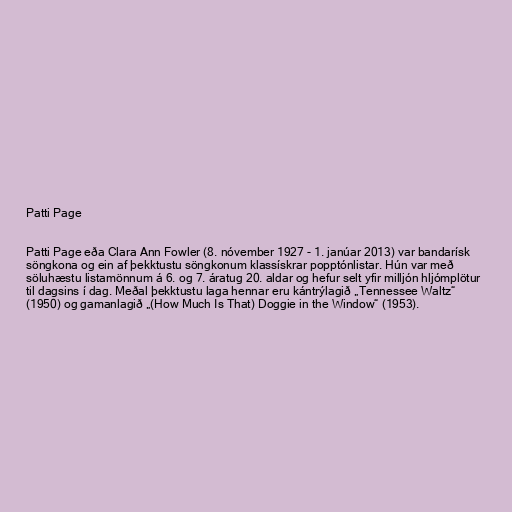
Patti Page

Patti Page eða Clara Ann Fowler (8. nóvember 1927 - 1. janúar 2013) var bandarísk
söngkona og ein af þekktustu söngkonum klassískrar popptónlistar. Hún var með
söluhæstu listamönnum á 6. og 7. áratug 20. aldar og hefur selt yfir milljón hljómplötur
til dagsins í dag. Meðal þekktustu laga hennar eru kántrýlagið „Tennessee Waltz“
(1950) og gamanlagið „(How Much Is That) Doggie in the Window“ (1953).